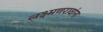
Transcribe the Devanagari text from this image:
लक्ष्मणरावांना